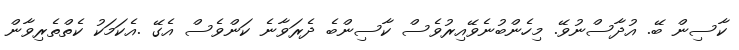
ކާސިން ބޭ. އުދާސްނުވޭ. މިހެންބުނެވޭއިރުވެސް ކާސިންބެ ދެރަވާނެ ކަންވެސް އެގޭ .އެކަމަކު ކެތްތެރިވާން